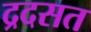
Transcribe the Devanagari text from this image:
द्रदसत